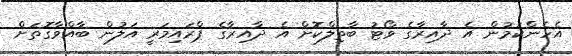
އެހެންކަމުން އެ ދާއިރާގެ ވޯޓު ބާތިލްކޮށް އެ ދާއިރާގެ ޕްރައިމަރީ އަލުން ބާއްވާގޮތަށް